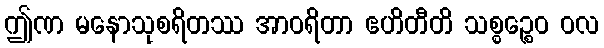
ဤဏ မနောသုစရိတဿ အာဝရိတာ ဧဟိတီတိ သစ္စဉ္စေဝ ဝလ